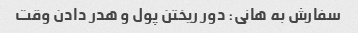
سفارش به هانی: دور ریختن پول و هدر دادن وقت